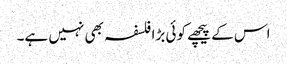
اس کے پیچھے کوئی بڑا فلسفہ بھی نہیں ہے۔